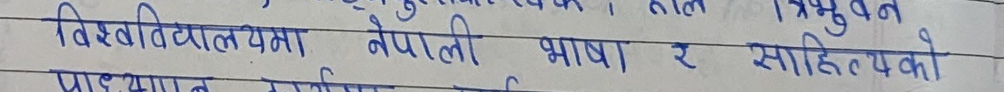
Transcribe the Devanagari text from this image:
विश्वविद्यालयमा नेपाली भाषा र साहित्यको